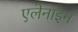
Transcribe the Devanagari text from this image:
एलेनाइन